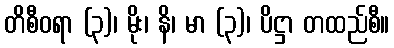
တိစီဝရာ (၃)၊ မိုး၊ နိ၊ မာ (၃)၊ ပိဋ္ဌာ တထည်စီ။